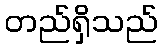
တည်ရှိသည်